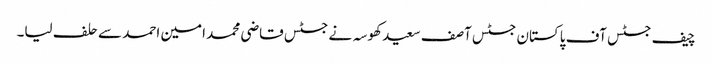
چیف جسٹس آف پاکستان جسٹس آصف سعید کھوسہ نے جسٹس قاضی محمد امین احمد سے حلف لیا۔